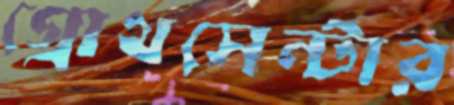
গ্রোথসেন্টার